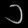
Digit: ၁